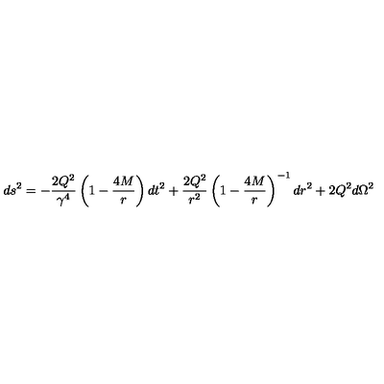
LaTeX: d s ^ { 2 } = - \frac { 2 Q ^ { 2 } } { \gamma ^ { 4 } } \left( 1 - \frac { 4 M } { r } \right) d t ^ { 2 } + \frac { 2 Q ^ { 2 } } { r ^ { 2 } } \left( 1 - \frac { 4 M } { r } \right) ^ { - 1 } d r ^ { 2 } + 2 Q ^ { 2 } d \Omega ^ { 2 }